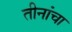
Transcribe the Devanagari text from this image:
तीनांचा